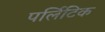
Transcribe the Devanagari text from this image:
पर्लिटिक